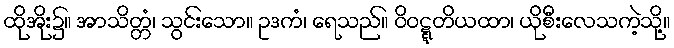
ထိုအိုး၌။ အာသိတ္တံ၊ သွင်းသော။ ဥဒကံ၊ ရေသည်။ ဝိဝဋ္ဋတိယထာ၊ ယိုစီးလေသကဲ့သို့။